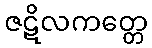
ဇဋိလကတ္တေ